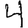
Digit: 4